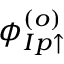
\phi _ { I p \uparrow } ^ { ( o ) }